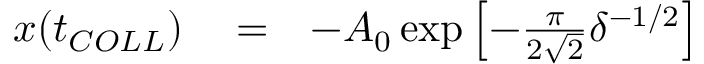
\begin{array} { r l r } { x ( t _ { C O L L } ) } & { { } = } & { - A _ { 0 } \exp \left[ - \frac { \pi } { 2 \sqrt { 2 } } \delta ^ { - 1 / 2 } \right] } \end{array}